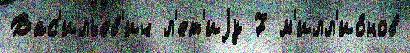
Вас'ильев'ич л'ет'иjу 7 м'илл'ио́нов